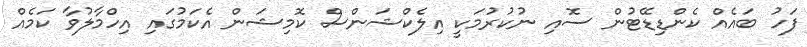
ފަހު ބައެއް ކެންޑިޑޭޓުން ސޮއި ނުކުރުމަކީ އިލެކްޝަންސް ކޮމިޝަން އެކަމުގައި އިހްމާލުވާ ކަމެއް